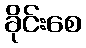
ခိုင်းစေ